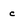
Character: c